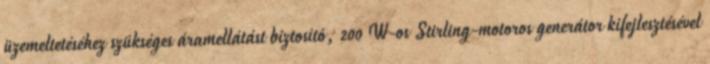
üzemeltetéséhez szükséges áramellátást biztosító, 200 W-os Stirling-motoros generátor kifejlesztésével